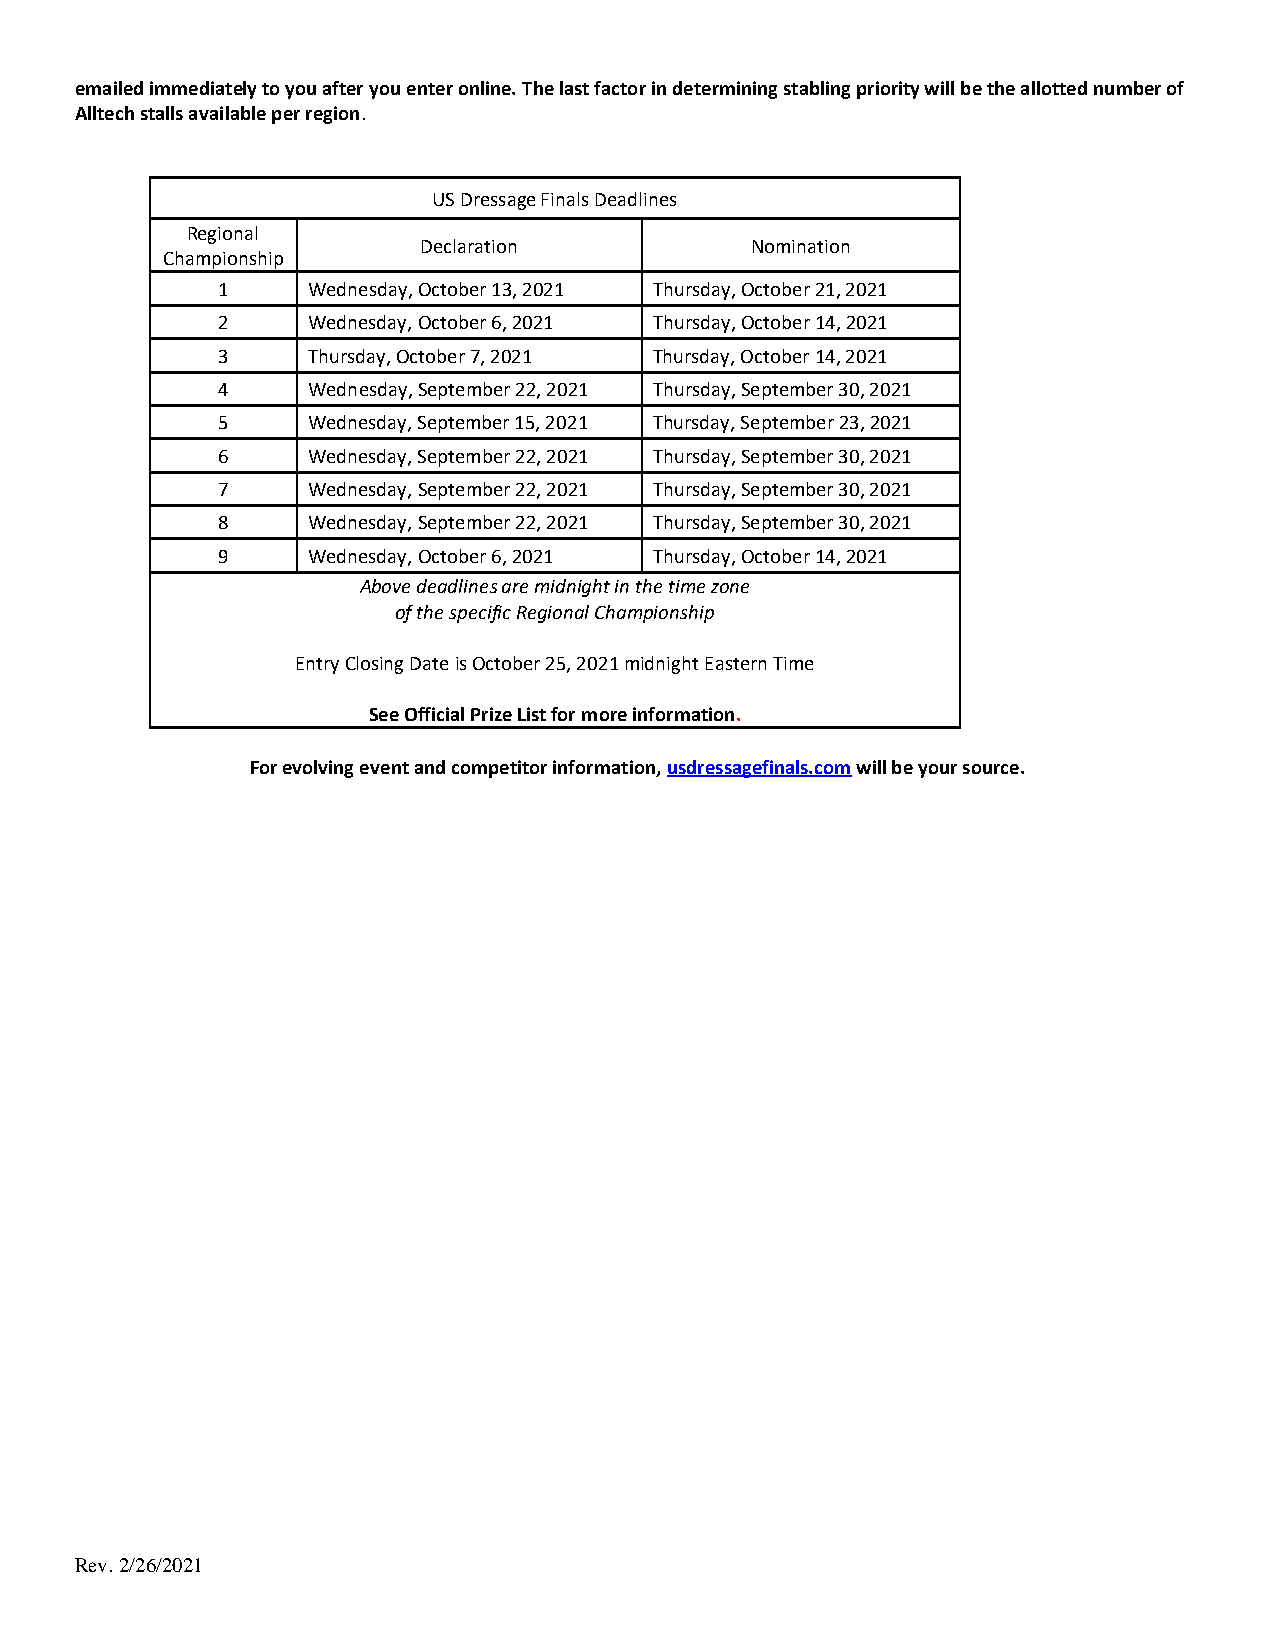
emailed immediately to you after you enter online. The last factor in determining stabling priority will be the allotted number of
 Alltech stalls available per region.
 US Dressage Finals Deadlines
 Regional
 Declaration           Nomination
 Championship
 1     Wednesday, October 13, 2021 Thursday, October 21, 2021
 2     Wednesday, October 6, 2021 Thursday, October 14, 2021
 3     Thursday, October 7, 2021 Thursday, October 14, 2021
 4     Wednesday, September 22, 2021 Thursday, September 30, 2021
 5     Wednesday, September 15, 2021 Thursday, September 23, 2021
 6     Wednesday, September 22, 2021 Thursday, September 30, 2021
 7     Wednesday, September 22, 2021 Thursday, September 30, 2021
 8     Wednesday, September 22, 2021 Thursday, September 30, 2021
 9     Wednesday, October 6, 2021 Thursday, October 14, 2021
 Above deadlines are midnight in the time zone
 of the specific Regional Championship
 Entry Closing Date is October 25, 2021 midnight Eastern Time
 See Official Prize List for more information.
 For evolving event and competitor information, usdressagefinals.com will be your source.
 Rev. 2/26/2021